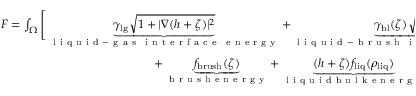
\begin{array} { r } { F = \int _ { \Omega } \Bigg [ \underbrace { \gamma _ { \mathrm { l g } } { \sqrt { 1 + | \nabla ( h + \zeta ) | ^ { 2 } } } } _ { \mathrm { ~ l ~ i ~ q ~ u ~ i ~ d ~ - ~ g ~ a ~ s ~ \, ~ i ~ n ~ t ~ e ~ r ~ f ~ a ~ c ~ e ~ \, ~ e ~ n ~ e ~ r ~ g ~ y ~ } } + \underbrace { \gamma _ { \mathrm { b l } } ( \zeta ) \sqrt { 1 + | \nabla \zeta | ^ { 2 } } } _ { \mathrm { ~ l ~ i ~ q ~ u ~ i ~ d ~ - ~ b ~ r ~ u ~ s ~ h ~ \, ~ i ~ n ~ t ~ e ~ r ~ f ~ a ~ c ~ e ~ \, ~ e ~ n ~ e ~ r ~ g ~ y ~ } } + \underbrace { f _ { \mathrm { w e t } } ( h , \zeta ) \sqrt { 1 + | \nabla \zeta | ^ { 2 } } } _ { \mathrm { ~ w ~ e ~ t ~ t ~ i ~ n ~ g ~ p ~ o ~ t ~ e ~ n ~ t ~ i ~ a ~ l ~ } } } \\ { + \underbrace { f _ { \mathrm { b r u s h } } ( \zeta ) } _ { \mathrm { ~ b ~ r ~ u ~ s ~ h ~ e ~ n ~ e ~ r ~ g ~ y ~ } } + \underbrace { ( h + \zeta ) f _ { \mathrm { l i q } } ( \rho _ { \mathrm { l i q } } ) } _ { \mathrm { ~ l ~ i ~ q ~ u ~ i ~ d ~ b ~ u ~ l ~ k ~ e ~ n ~ e ~ r ~ g ~ y ~ } } + \underbrace { ( d - h - \zeta ) f _ { \mathrm { v a p } } ( \rho _ { \mathrm { v a p } } ) } _ { \mathrm { ~ v ~ a ~ p ~ o ~ u ~ r ~ e ~ n ~ e ~ r ~ g ~ y ~ } } + \underbrace { ( d - h - \zeta ) f _ { \mathrm { a i r } } ( \rho _ { \mathrm { a i r } } ) } _ { \mathrm { ~ a ~ i ~ r ~ e ~ n ~ e ~ r ~ g ~ y ~ } } \Bigg ] \mathrm { d } ^ { 2 } x , } \end{array}